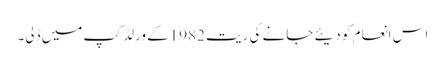
اس انعام کو دیئے جانے کی رِیت 1982کے ورلڈ کپ میں ڈلی۔